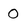
Character: 0